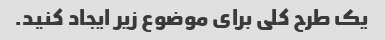
یک طرح کلی برای موضوع زیر ایجاد کنید.